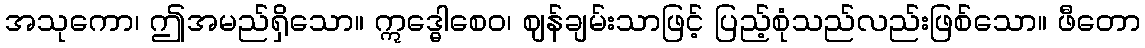
အသုကော၊ ဤအမည်ရှိသော။ ဣဒ္ဓေါစေဝ၊ ဈန်ချမ်းသာဖြင့် ပြည့်စုံသည်လည်းဖြစ်သော။ ဖီတော